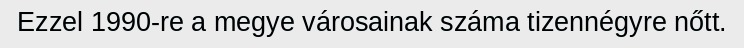
Ezzel 1990-re a megye városainak száma tizennégyre nőtt.